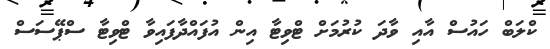
ކްލަބް ހައުސް އާއި ވާދަ ކުރުމަށް ޓްވިޓާ އިން އުފައްދާފައިވާ ޓްވިޓާ ސްޕޭސަސް